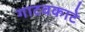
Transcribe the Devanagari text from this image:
गाटवकाटे